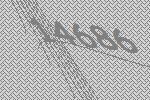
14686